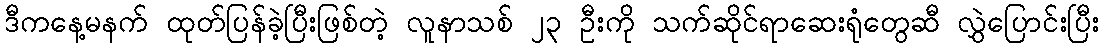
ဒီကနေ့မနက် ထုတ်ပြန်ခဲ့ပြီးဖြစ်တဲ့ လူနာသစ် ၂၃ ဦးကို သက်ဆိုင်ရာဆေးရုံတွေဆီ လွှဲပြောင်းပြီး